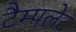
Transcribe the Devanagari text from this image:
टैम्पलेट